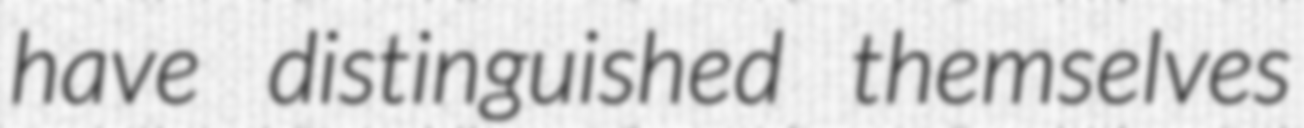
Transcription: have distinguished themselves